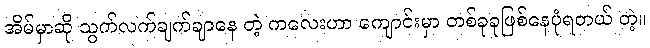
အိမ်မှာဆို သွက်လက်ချက်ချာနေ တဲ့ ကလေးဟာ ကျောင်းမှာ တစ်ခုခုဖြစ်နေပုံရတယ် တဲ့။